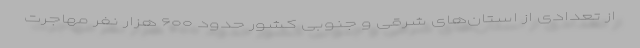
از تعدادی از استان‌های شرقی و جنوبی کشور حدود ۶۰۰ هزار نفر مهاجرت